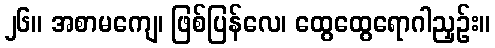
၂၆။ အစာမကျေ၊ ဖြစ်ပြန်လေ၊ ထွေထွေရောဂါညှဉ်း။